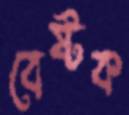
বেষ্টক